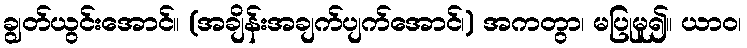
ချွတ်ယွင်းအောင်။ (အချိန်းအချက်ပျက်အောင်၊) အကတွာ၊ မပြုမူ၍။ ယာဝ၊